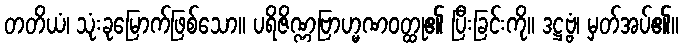
တတိယံ၊ သုံးခုမြောက်ဖြစ်သော။ ပရိဇိဏ္ဏဗြာဟ္မဏဝတ္ထု၏ ပြီးခြင်းကို။ ဒဋ္ဌဗ္ဗံ၊ မှတ်အပ်၏။